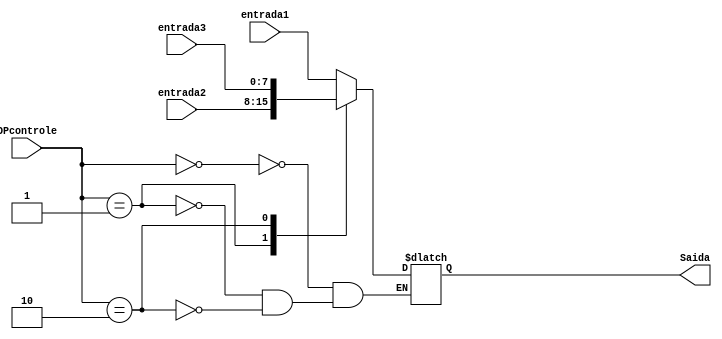
module Mux3(entrada1,entrada2,entrada3,OPcontrole,Saida);


input wire[7:0]entrada1,entrada2,entrada3;
input wire[1:0]OPcontrole;
output reg[7:0]Saida;


initial begin
Saida = 8'b00000000;
end

always @(entrada1,entrada2,entrada3,OPcontrole) begin


   case(OPcontrole)


   2'b00: Saida <= entrada1;
   2'b01: Saida <= entrada2;
   2'b10: Saida <= entrada3;


   endcase


   end


endmodule